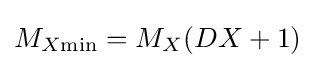
M_{X{\text{min}}}=M_{X}(DX+1)